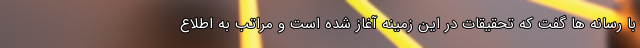
با رسانه ها گفت که تحقیقات در این زمینه آغاز شده است و مراتب به اطلاع